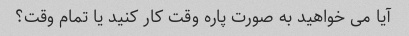
آیا می خواهید به صورت پاره وقت کار کنید یا تمام وقت؟